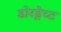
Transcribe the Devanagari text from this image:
डोरड्रेच्ट